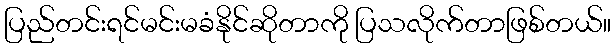
ပြည်တင်းရင်မင်းမခံနိုင်ဆိုတာကို ပြသလိုက်တာဖြစ်တယ်။